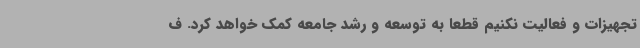
تجهیزات و فعالیت نکنیم قطعا به توسعه و رشد جامعه کمک خواهد کرد. ف